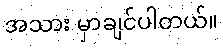
အသား မှာချင်ပါတယ်။